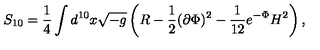
S _ { 1 0 } = \frac { 1 } { 4 } \int d ^ { 1 0 } x \sqrt { - g } \left( R - \frac { 1 } { 2 } ( \partial \Phi ) ^ { 2 } - \frac { 1 } { 1 2 } e ^ { - \Phi } H ^ { 2 } \right) ,